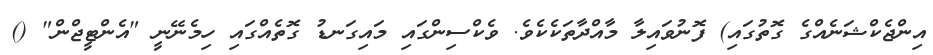
އިންޖެކްޝަނެއްގެ ގޮތުގައި) ފޮނުވައިލާ މާއްދާތަކެކެވެ. ވެކްސިންގައި މައިގަނޑު ގޮތެއްގައި ހިމެނޭނީ "އެންޓީޖްން" ()